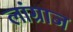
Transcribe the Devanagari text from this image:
लांग्राज